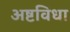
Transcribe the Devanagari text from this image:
अष्टविधा